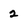
Character: 2